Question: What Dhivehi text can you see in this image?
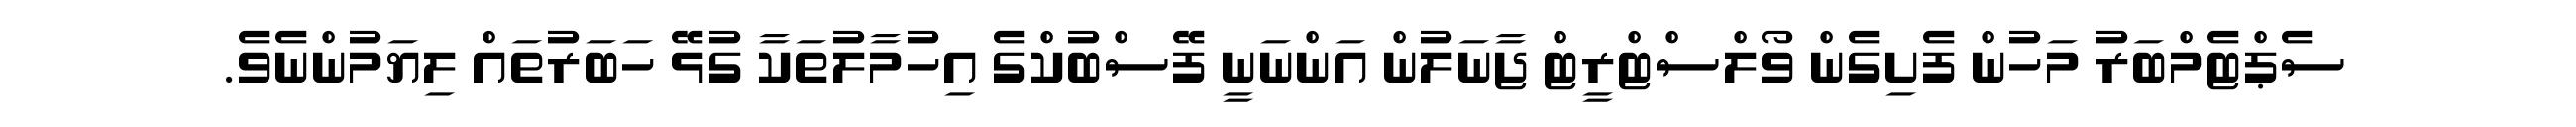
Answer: ސެޕްޓެމްބަރު މަހުން ފެށިގެން ވޯލްސްޓްރީޓް ޖާނަލުން އަންނަނީ ފޭސްބުކްގެ އިހުމާލުތަކާ ގުޅޭ ހަބަރުތައް ލިޔަމުންނެވެ.